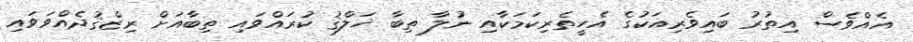
އެއްވެސް އިތުރު ބައިވެރިއަކުގެ އެހީތެރިކަމަކާއި ނުލާ ތިބާ ޚަލްޤު ކުރައްވައި ތިބާއަށް ރިޒްޤުދެއްވަވައި